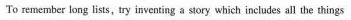
To remember long lists,try inventing a story which includes all the things